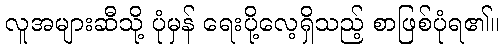
လူအများဆီသို့ ပုံမှန် ရေးပို့လေ့ရှိသည့် စာဖြစ်ပုံရ၏။